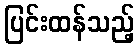
ပြင်းထန်သည့်